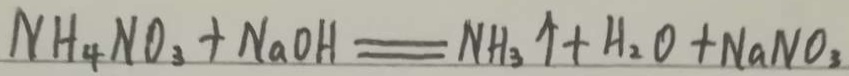
N H _ { 4 } N O _ { 3 } + N a O H = N H _ { 3 } \uparrow + H _ { 2 } O + N a N O _ { 3 }